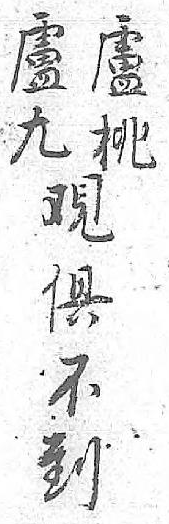
盧盧覌俱桃九 不   到